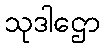
သုဒါဌော